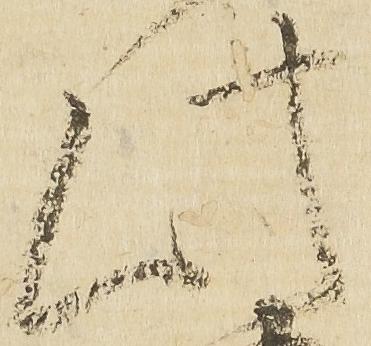
此